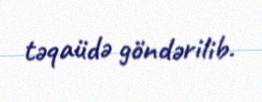
təqaüdə göndərilib.